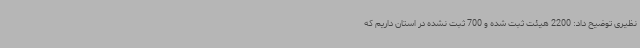
نظیری توضیح داد: 2200 هیئت ثبت شده و 700 ثبت نشده در استان داریم که